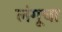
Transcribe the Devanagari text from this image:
लंगूचा